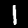
Digit: 1